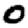
Digit: 0